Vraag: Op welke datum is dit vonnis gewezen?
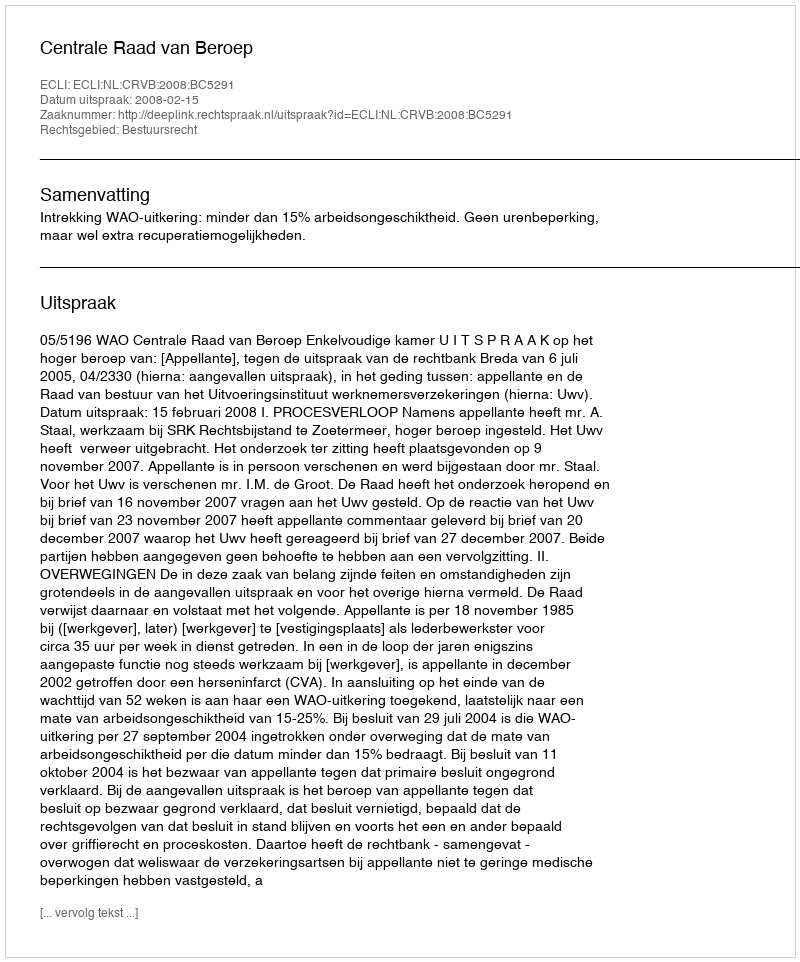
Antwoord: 2008-02-15